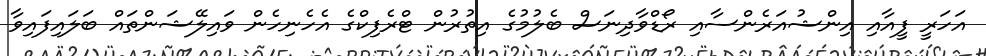
އަހަރީ ފީއާއި އިންޝުއަރެންސާއި ރޯޑްވާދިނަސް ބެލުމުގެ އިތުރުން ޓްރެފިކްގެ އެހެނިހެން ވައިލޭޝަންތައް ބަލައިފައިވާ